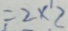
= 2 \times 2